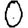
Digit: 0